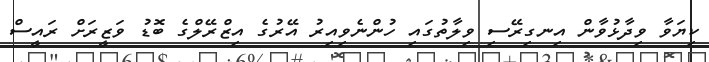
ކިޔަވާ ވިދާޅުވާން އިނގިރޭސި ވިލާތުގައި ހުންނެވިއިރު އޭރުގެ އިޒްރޭލްގެ ބޮޑު ވަޒީރަށް ރައީސް